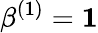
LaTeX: \beta^{(1)}=\mathbf{1}